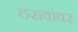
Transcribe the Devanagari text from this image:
ठरावांवर